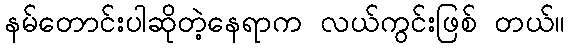
နမ်တောင်းပါဆိုတဲ့နေရာက လယ်ကွင်းဖြစ် တယ်။